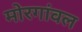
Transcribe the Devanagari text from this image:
मोरगांवल